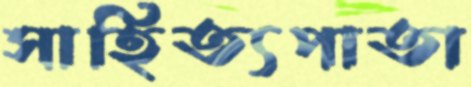
সাহিত্যপাতা